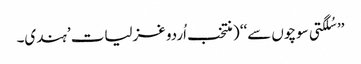
’’ سُلگتی سوچوں سے‘‘ ( منتخب اُردو غزلیات ’ہندی۔